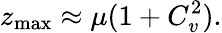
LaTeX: z_{\operatorname*{max}}\approx\mu(1+C_{v}^{2}).